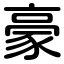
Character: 豪